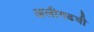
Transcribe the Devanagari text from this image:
अलीगढची